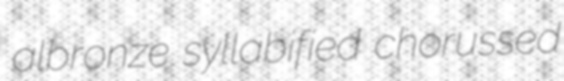
albronze syllabified chorussed